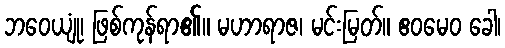
ဘဝေယျုံ၊ ဖြစ်ကုန်ရာ၏။ မဟာရာဇ၊ မင်းမြတ်။ ဧဝမေဝ ခေါ၊